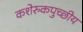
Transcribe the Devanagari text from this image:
कशेरुकपुच्छीय